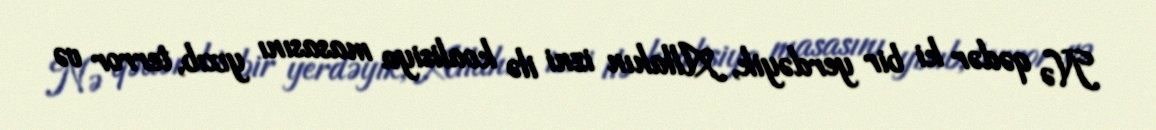
Nə qədər ki bir yerdəyik, Allahın izni ilə koalisiya masasını yıxıb, terror və